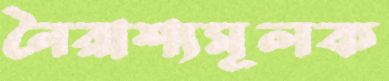
নৈরাশ্যমূলক